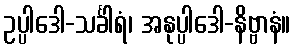
ဥပ္ပါဒေါ-သင်္ခါရံ၊ အနုပ္ပါဒေါ-နိဗ္ဗာနံ။